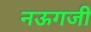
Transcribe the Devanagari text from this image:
नऊगजी